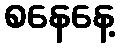
စနေနေ့